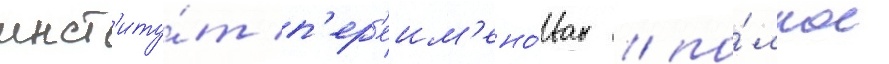
инст'иту́т п'ер'еим'ено́ван / по́лное